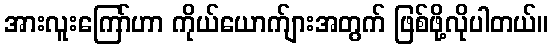
အားလူးကြော်ဟာ ကိုယ်ယောက်ျားအတွက် ဖြစ်ဖို့လိုပါတယ်။